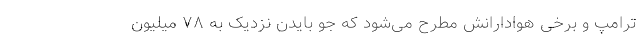
ترامپ و برخی هوادارانش مطرح می‌شود که جو بایدن نزدیک به ۷۸ میلیون